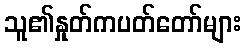
သူ၏နှုတ်ကပတ်တော်များ